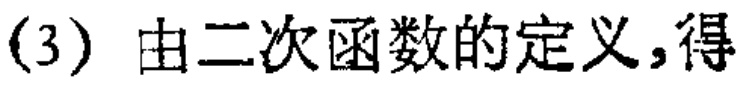
(3) 由二次函数的定义,得